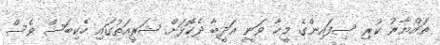
ތައްޔާރު ކުރި ސިފައިންގެ މީހާ ވަނީ އަދީބާ ދެކޮޅަށް ޝަރީއަތުގައި ހެކިބަސް ވެސް